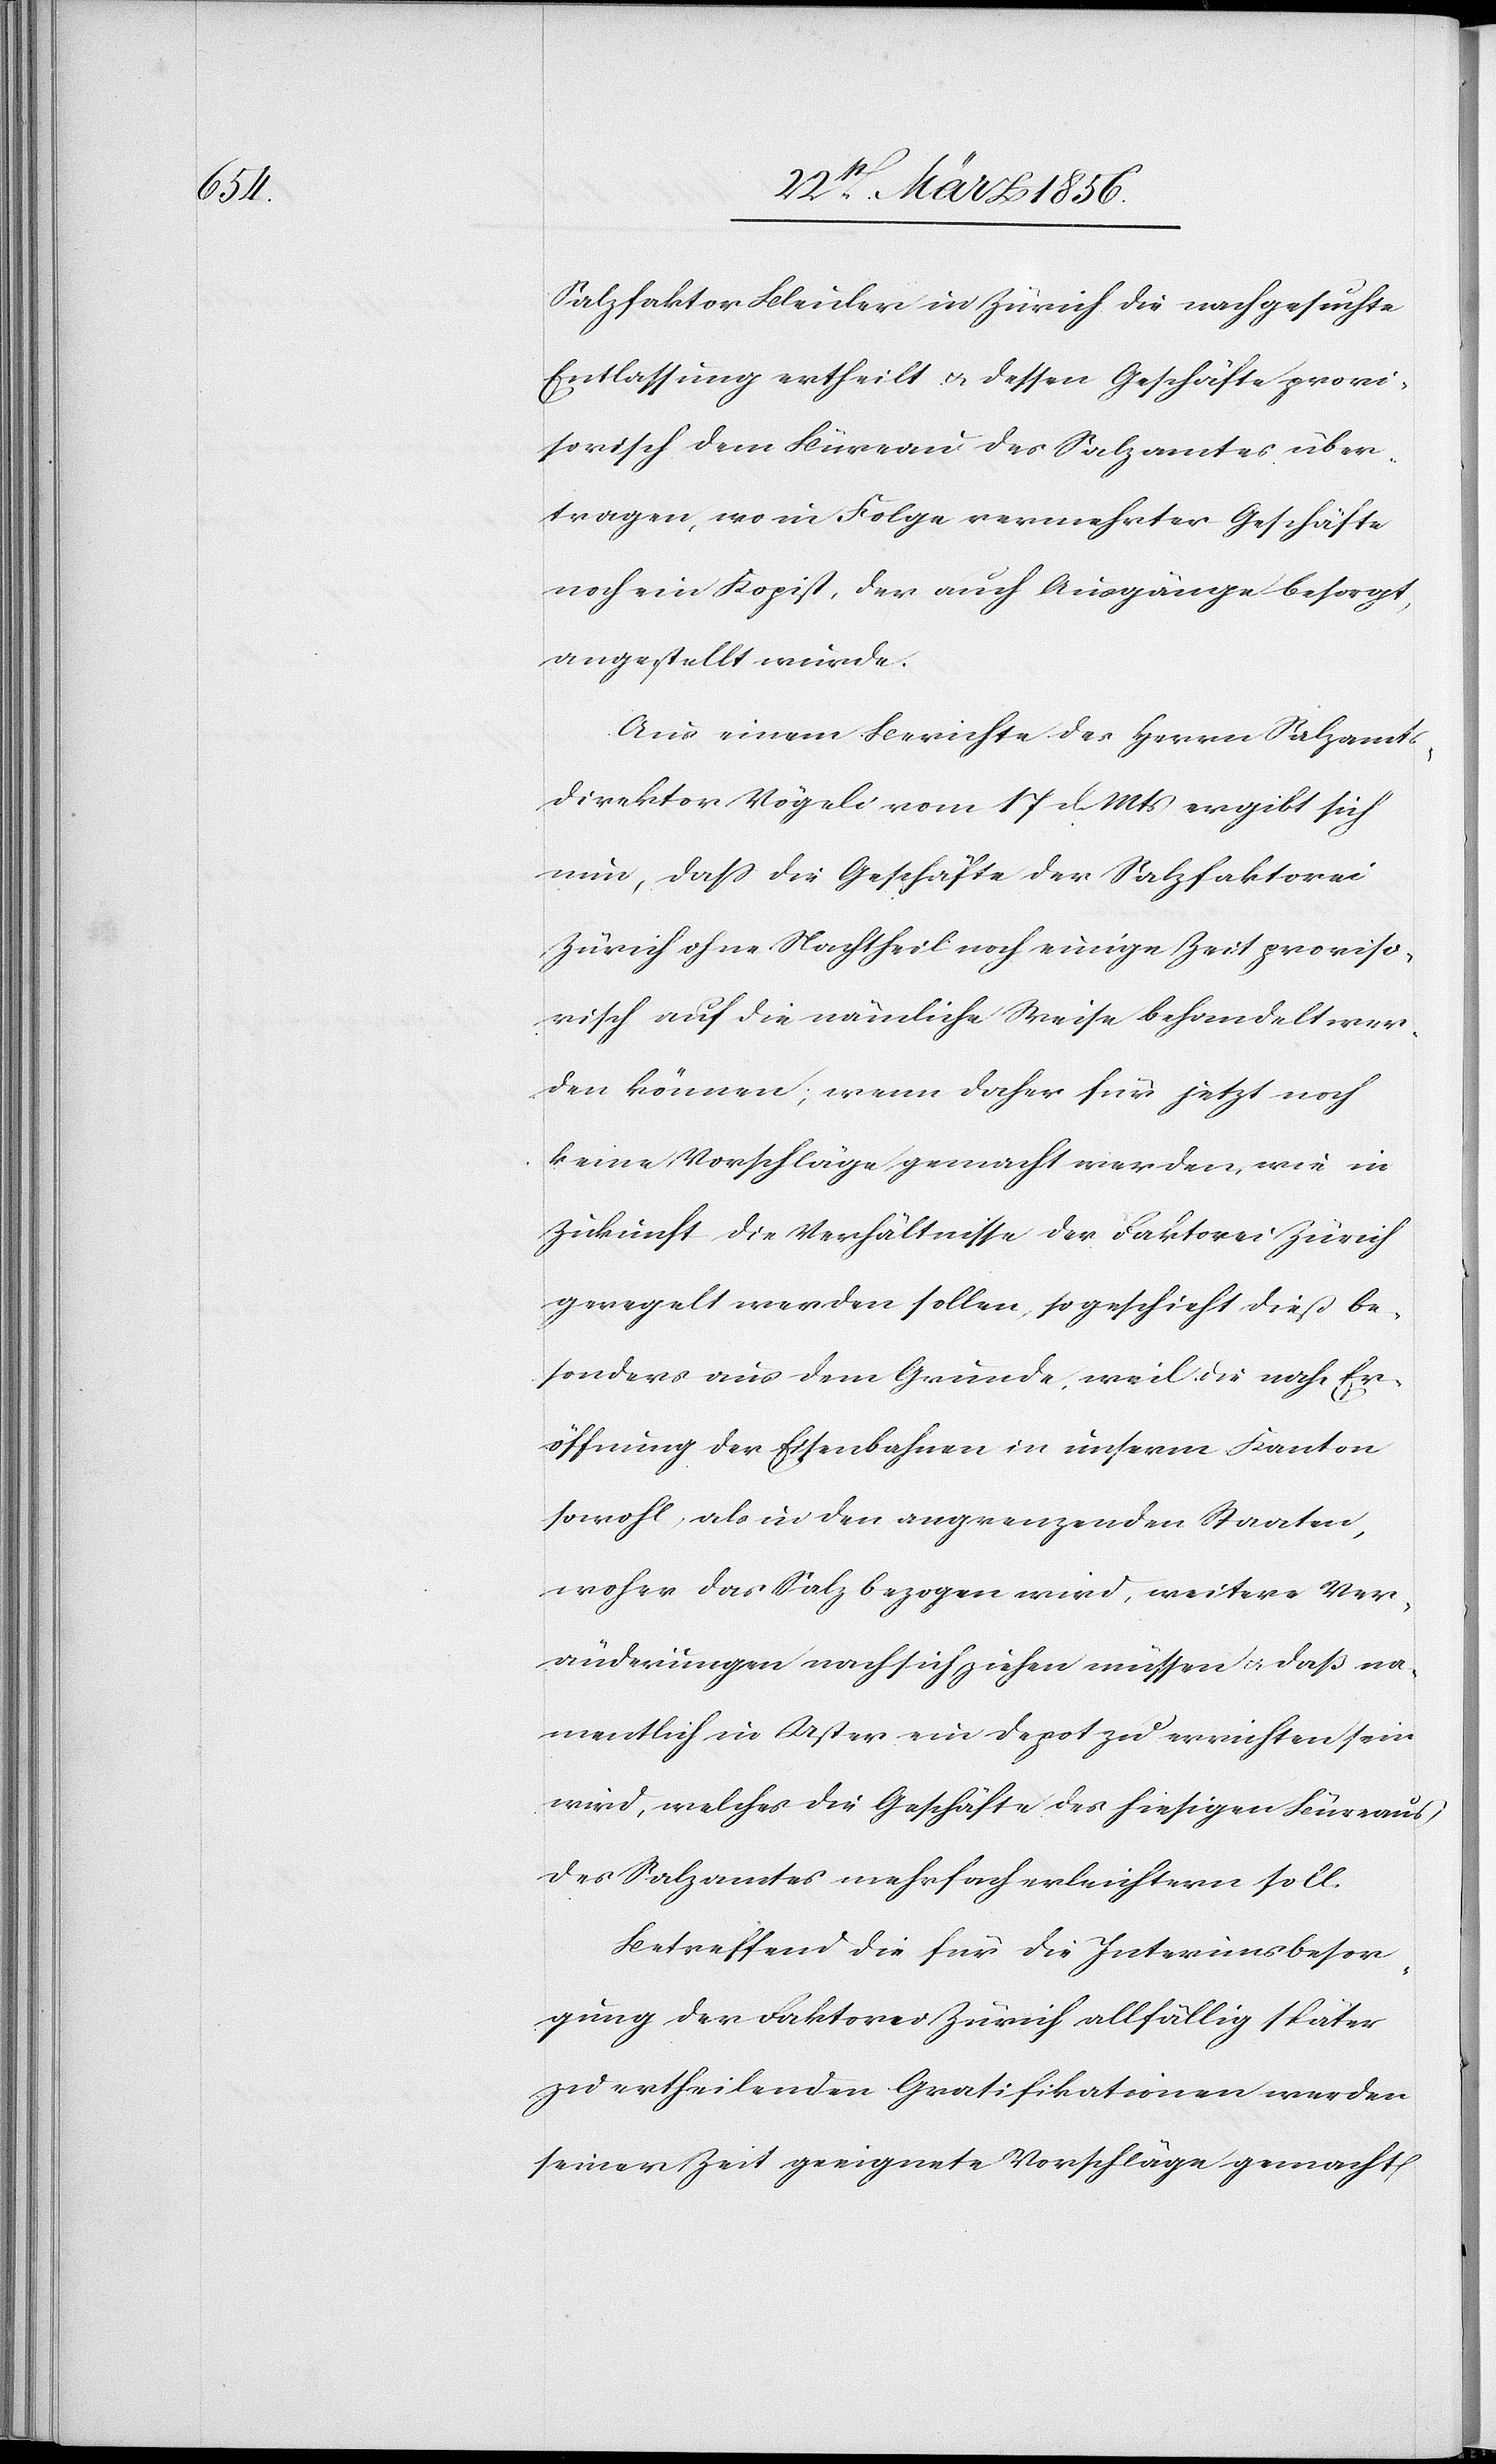
Salzfaktor Bleicher in Zürich die nachgesuchte
Entlassung ertheilt u. dessen Geschäfte provi¬
sorisch dem Büreau des Salzamtes über¬
tragen, wo in Folge vermehrter Geschäfte
noch ein Kopist, der auch Ausgänge besorgt,
angestellt wurde.
Aus einem Berichte des Herrn Salzamts¬
direktor Vögeli vom 17 d. Mts ergibt sich
nun, daß die Geschäfte der Salzfaktorei
Zürich ohne Nachtheil noch einige Zeit proviso¬
risch auf die nämliche Weise behandelt wer¬
den können; wenn daher für jetzt noch
keine Vorschläge gemacht werden, wie in
Zukunft die Verhältnisse der Faktorei Zürich
geregelt werden sollten, so geschieht dieß be¬
sonders aus dem Grunde, weil die nahe Er¬
öffnung der Eisenbahnen in unserm Kanton
sowohl, als in den angrenzenden Staaten,
woher das Salz bezogen wird, weitere Ver¬
änderungen nach sich ziehen müssen u. daß na¬
mentlich in Uster ein Depot zu errichten sein
wird, welches die Geschäfte des hiesigen Büreaus
des Salzamtes mehrfach erleichtern soll.
Betreffend die für die Interimsbesor¬
gung der Faktorei Zürich allfällig später
zu ertheilenden Gratifikationen werden
seiner Zeit geeignete Vorschläge gemacht